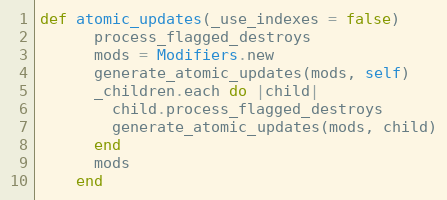
Language: Ruby
def atomic_updates(_use_indexes = false)
      process_flagged_destroys
      mods = Modifiers.new
      generate_atomic_updates(mods, self)
      _children.each do |child|
        child.process_flagged_destroys
        generate_atomic_updates(mods, child)
      end
      mods
    end